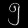
Digit: ၅